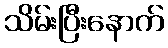
သိမ်းပြီးနောက်